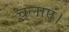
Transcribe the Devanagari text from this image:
चलाएं।